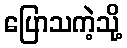
ပြောသကဲ့သို့